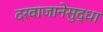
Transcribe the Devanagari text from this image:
दरवाजानेसुद्धा